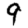
Digit: 9